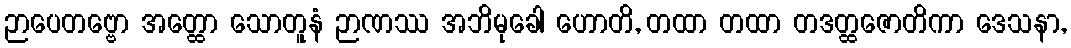
ဉာပေတဗ္ဗော အတ္ထော သောတူနံ ဉာဏဿ အဘိမုခေါ ဟောတိ, တထာ တထာ တဒတ္ထဇောတိကာ ဒေသနာ,